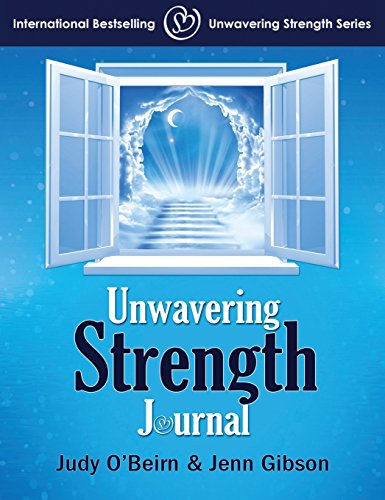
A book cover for Unwavering Strength Journal; Judy O'Beirn; Self-Help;